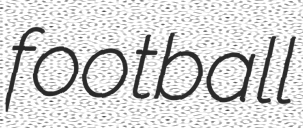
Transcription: football